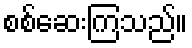
စစ်ဆေးကြသည်။